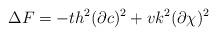
LaTeX: \begin{align*}\Delta F=-th^{2}(\partial c)^{2}+vk^{2}(\partial \chi)^{2}\end{align*}